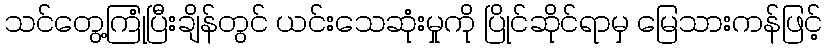
သင်တွေ့ကြုံပြီးချိန်တွင် ယင်းသေဆုံးမှုကို ပြိုင်ဆိုင်ရာမှ မြေသားကန်ဖြင့်